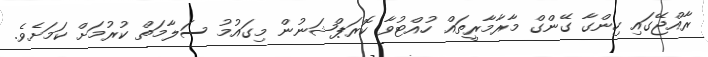
ރާއްޖޭގައި ހިންގާ ގޭންގް މާރާމާރީތައް ހުއްޓުވާ ކޮރަޕްޝަނުން މިގައުމު ސަލާމަތް ކުރުމަށް ކަމަށެވެ.